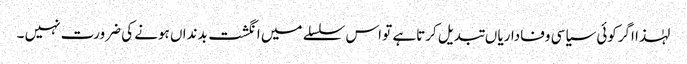
لہٰذا اگرکوئی سیاسی وفاداریا ں تبدیل کرتاہے تو اس سلسلے میں انگشت بدنداں ہونے کی ضرورت نہیں ۔